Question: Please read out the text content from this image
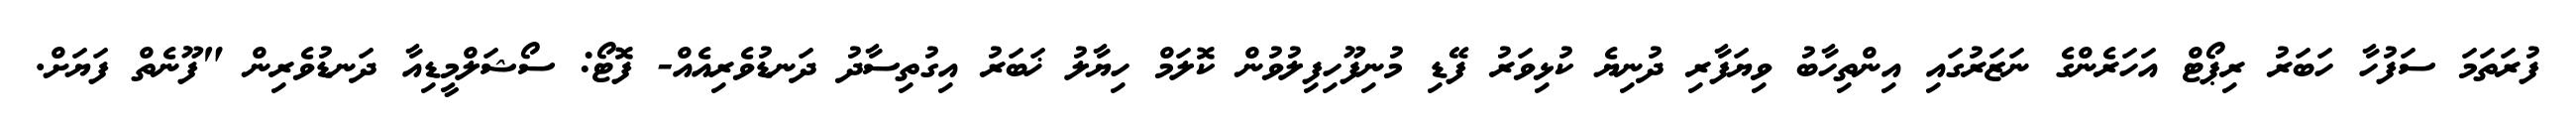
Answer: ފުރަތަމަ ސަފުހާ ހަބަރު ރިޕޯޓް އަހަރެންގެ ނަޒަރުގައި އިންތިހާބު ވިޔަފާރި ދުނިޔެ ކުޅިވަރު ފޭޑި މުނިފޫހިފިލުވުން ކޮލަމް ހިޔާލު ޚަބަރު އިގުތިސާދު ދަނޑުވެރިއެއް- ފޮޓޯ: ސޯޝަލްމީޑިއާ ދަނޑުވެރިން "ފޫނެތް ފަޔަށް.